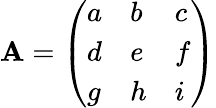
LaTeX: \mathbf{A}={\left(\begin{array}{lll}{a}&{b}&{c}\\ {d}&{e}&{f}\\ {g}&{h}&{i}\end{array}\right)}